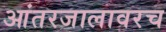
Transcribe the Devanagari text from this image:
आंतरजालावरच